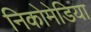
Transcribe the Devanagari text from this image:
निकोमेडिया